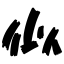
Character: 似